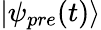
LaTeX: |\psi_{pre}(t)\rangle